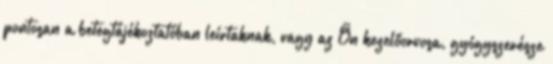
pontosan a betegtájékoztatóban leírtaknak, vagy az Ön kezelőorvosa, gyógyszerésze